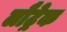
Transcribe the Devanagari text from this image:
लौट्रेक